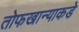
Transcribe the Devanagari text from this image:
तोफखान्याकडे